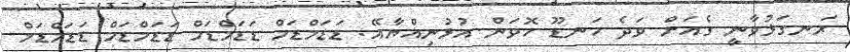
ރަނގަޅުވާނީ ގެއަށް ވަދެ ހަނޑޫ ހޮވަން އުޅުނިއްޔާއޭ. ޑަޑަަމްޑަމް ޑަޑަމްޑަމް ޑަޑަމްޑަމް ޑަޑަމްޑަމް